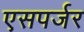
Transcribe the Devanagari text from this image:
एसपर्जर